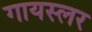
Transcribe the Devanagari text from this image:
गायस्लर